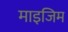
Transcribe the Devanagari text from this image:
माइजिम